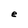
Character: e